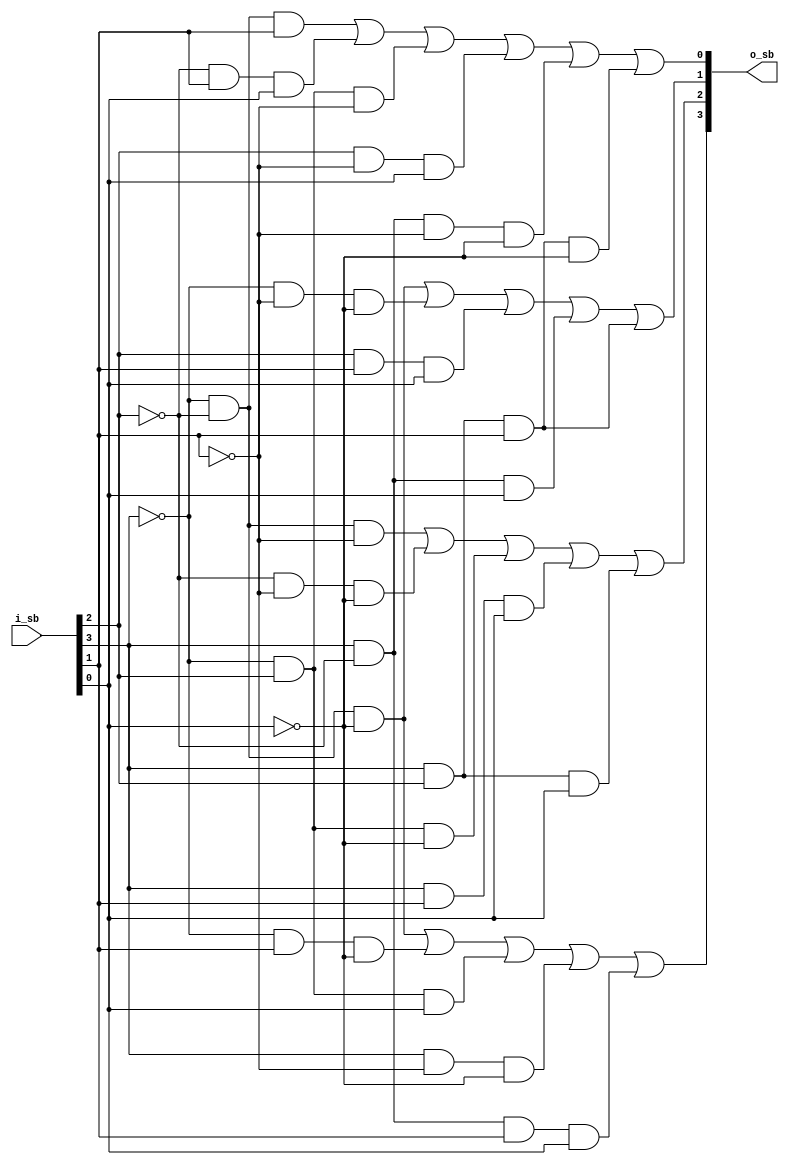
module s_box (
    input [3:0] i_sb, output [3:0] o_sb
);
    assign o_sb[0] = (!i_sb[3]&!i_sb[2]&i_sb[1]) | (!i_sb[2]&i_sb[1]&i_sb[0]) 
    | (!i_sb[3]&i_sb[2]&!i_sb[1]) | (i_sb[2]&!i_sb[1]&i_sb[0]) | 
    (i_sb[3]&!i_sb[2]&!i_sb[1]&!i_sb[0]) | (i_sb[3]&i_sb[2]&i_sb[1]&!i_sb[0]);

    assign o_sb[1] = (!i_sb[3]&!i_sb[2]&!i_sb[0]) | (!i_sb[3]&!i_sb[1]&!i_sb[0]) | (i_sb[2]&i_sb[1]&i_sb[0]) 
| (i_sb[3]&!i_sb[2]&i_sb[0]) | (i_sb[3]&i_sb[2]&i_sb[1]);

    assign o_sb[2] = (!i_sb[3]&!i_sb[2]&!i_sb[1]) | (!i_sb[2]&!i_sb[1]&!i_sb[0]) | (!i_sb[3]&i_sb[2]&!i_sb[0]) 
| (i_sb[3]&i_sb[1]&i_sb[0]) | (i_sb[3]&i_sb[2]&i_sb[0]);
   
    assign o_sb[3] = (!i_sb[3]&!i_sb[2]&!i_sb[0]) | (!i_sb[3]&i_sb[1]&!i_sb[0]) | (!i_sb[3]&i_sb[2]&i_sb[0]) 
| (i_sb[3]&!i_sb[1]&!i_sb[0]) | (i_sb[3]&!i_sb[2]&i_sb[1]&i_sb[0]);
endmodule